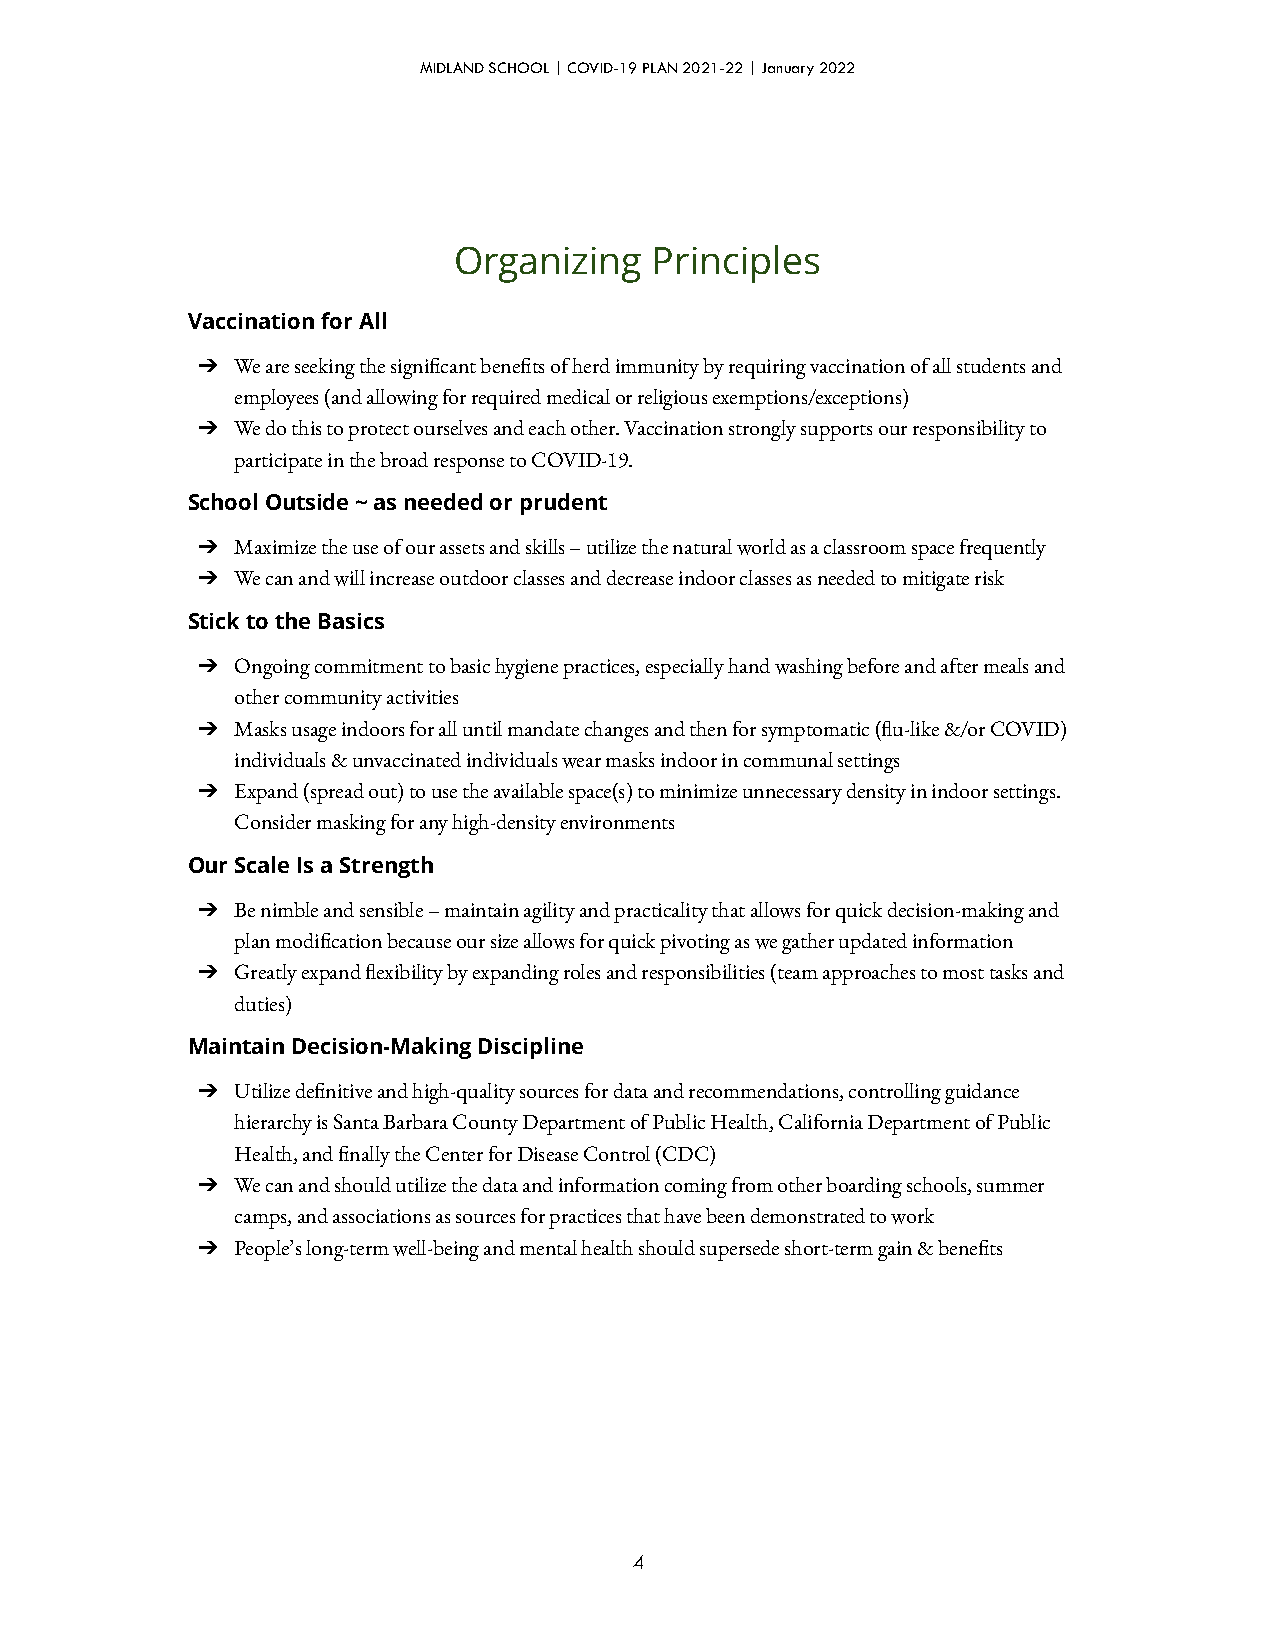
MIDLAND SCHOOL | COVID-19 PLAN 2021-22 | January 2022
 Organizing   Principles
 Vaccination for All
 ➔  We are seeking the signicant benets of herd immunity by requiring vaccination of all students and
 employees (and allowing for required medical or religious exemptions/exceptions)
 ➔  We do this to protect ourselves and each other. Vaccination strongly supports our responsibility to
 participate in the broad response to COVID-19.
 School Outside ~ as needed or prudent
 ➔  Maximize the use of our assets and skills – utilize the natural world as a classroom space frequently
 ➔  We can and will increase outdoor classes and decrease indoor classes as needed to mitigate risk
 Stick to the Basics
 ➔  Ongoing commitment to basic hygiene practices, especially hand washing before and after meals and
 other community activities
 ➔  Masks usage indoors for all until mandate changes and then for symptomatic (u-like &/or COVID)
 individuals & unvaccinated individuals wear masks indoor in communal settings
 ➔  Expand (spread out) to use the available space(s) to minimize unnecessary density in indoor settings.
 Consider masking for any high-density environments
 Our Scale Is a Strength
 ➔  Be nimble and sensible – maintain agility and practicality that allows for quick decision-making and
 plan modication because our size allows for quick pivoting as we gather updated information
 ➔  Greatly expand exibility by expanding roles and responsibilities (team approaches to most tasks and
 duties)
 Maintain Decision-Making Discipline
 ➔  Utilize denitive and high-quality sources for data and recommendations, controlling guidance
 hierarchy is Santa Barbara County Department of Public Health, California Department of Public
 Health, and nally the Center for Disease Control (CDC)
 ➔  We can and should utilize the data and information coming from other boarding schools, summer
 camps, and associations as sources for practices that have been demonstrated to work
 ➔  People’s long-term well-being and mental health should supersede short-term gain & benets
 4